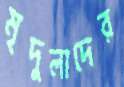
মৃদুলাদের